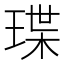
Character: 㻡